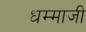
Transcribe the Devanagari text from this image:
धम्माजी